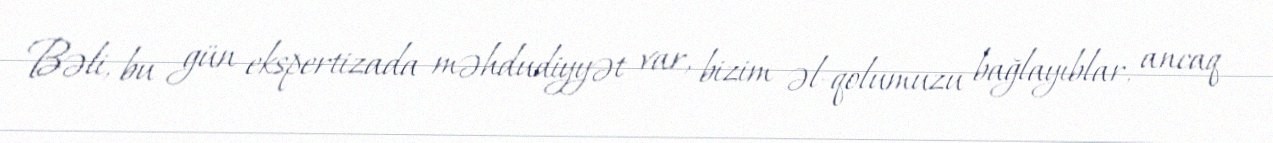
Bəli, bu gün ekspertizada məhdudiyyət var, bizim əl-qolumuzu bağlayıblar, ancaq